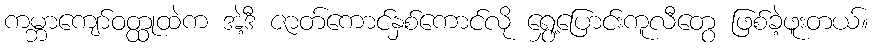
ကမ္ဘာကျော်ဝတ္ထုထဲက အဲ့ဒီ ဇာတ်ကောင်နှစ်ကောင်လို ရွှေ့ပြောင်းကူလီတွေ ဖြစ်ခဲ့ဖူးတယ်။